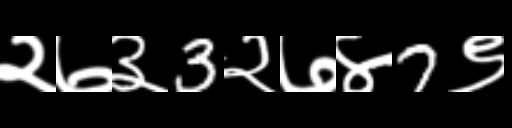
Text: २७३3२७४7९